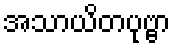
အသာယိတပုဗ္ဗာ